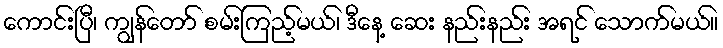
ကောင်းပြီ၊ ကျွန်တော် စမ်းကြည့်မယ်၊ ဒီနေ့ ဆေး နည်းနည်း အရင် သောက်မယ်။